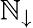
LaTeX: \mathbb{N}_{\downarrow}